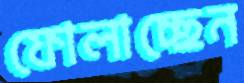
ফোলাচ্ছেন